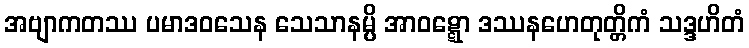
အဗျာကတဿ ပမာဒဝသေန သေသာနမ္ပိ အာဝဋ္ဋော ဒဿနဟေတုတ္တိကံ သဒ္ဒဟိတံ